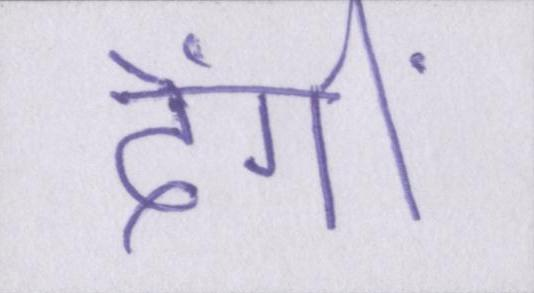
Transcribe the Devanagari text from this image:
देंगीं